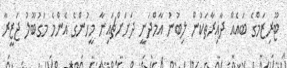
ޓޫރިޒަމްގެ ބައެއް ދާއިރާތަކުން ލިބުނު އާމްދަނީ ދަށަށްޗައިނާ މީހުންގެ އެންމެ މަގުބޫލު ޖަޒީރާ